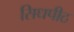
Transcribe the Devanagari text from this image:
सिधपीठ